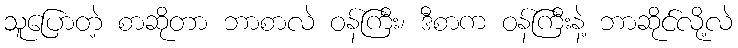
သူပြောတဲ့ စာဆိုတာ ဘာစာလဲ ဝန်ကြီး၊ ဒီစာက ဝန်ကြီးနဲ့ ဘာဆိုင်လို့လဲ